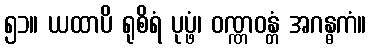
၅၁။ ယထာပိ ရုစိရံ ပုပ္ဖံ၊ ဝဏ္ဏဝန္တံ အဂန္ဓကံ။